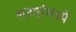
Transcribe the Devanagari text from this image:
शस्त्रांमध्ये